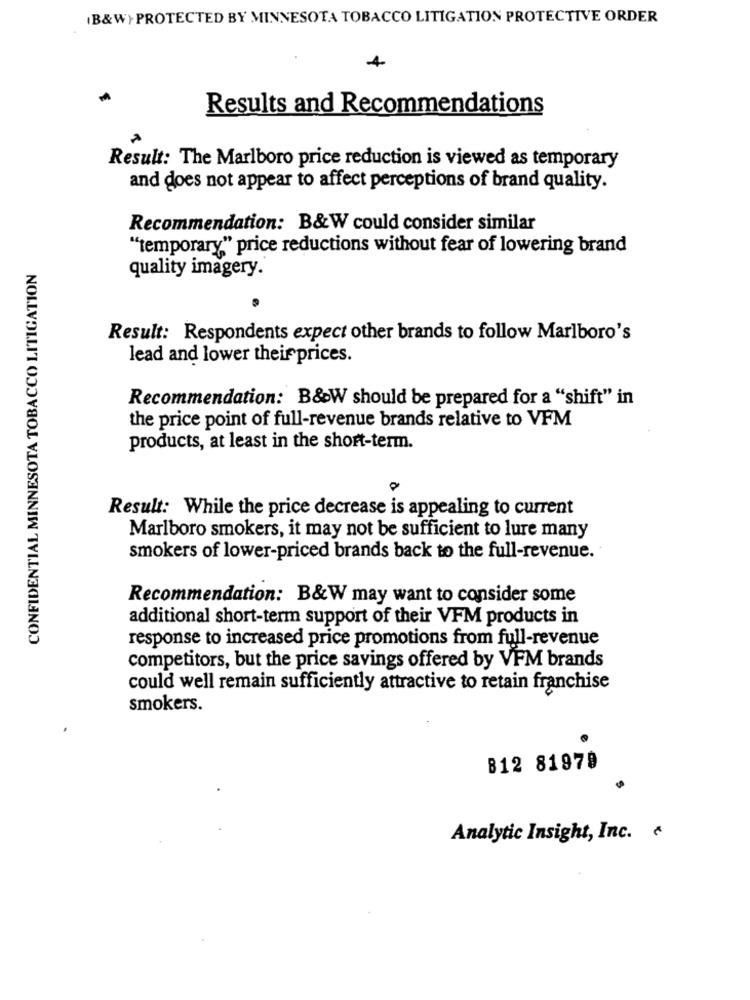
(B&W> PROTECTED BY MINNESOTA TOBACCO LITIGATION PROTECTIVE ORDER
4
Results and Recommendations
Result: The Marlboro price reduction is viewed as temporary
and does not appear to affect perceptions of brand quality.
Recommendation: B&W could consider similar
"temporary" price reductions without fear of lowering brand
CONFIDENTIAL MINNESOTA TOBACCO LITIGATION
quality imagery.
Result: Respondents expect other brands to follow Marlboro's
lead and lower theirprices.
Recommendation: B&W should be prepared for a "shift" in
the price point of full-revenue brands relative to VFM
products, at least in the short-term.
Result: While the price decrease is appealing to current
Marlboro smokers, it may not be sufficient to lure many
smokers of lower-priced brands back to the full-revenue.
Recommendation: B&W may want to consider some
additional short-term support of their VFM products in
response to increased price promotions from full-revenue
competitors, but the price savings offered by VFM brands
could well remain sufficiently attractive to retain franchise
smokers.
B12 81979
Analytic Insight, Inc.